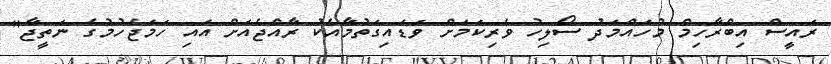
ރައީސް އިބްރާހިމް މުހައްމަދު ސޯލިހު ވެރިކަމަށް ވަޑައިގަތުމާއެކު ރާއްޖެއަށް އައި ހަމަޖެހުމުގެ ނަތީޖާ"